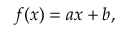
f ( x ) = a x + b ,